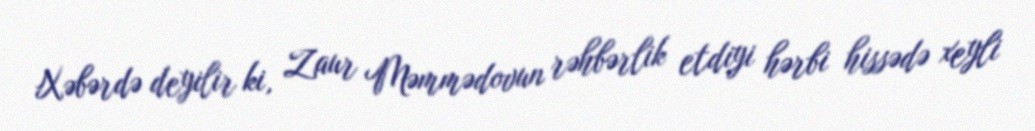
Xəbərdə deyilir ki, Zaur Məmmədovun rəhbərlik etdiyi hərbi hissədə xeyli